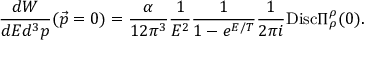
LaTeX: \frac { d W } { d E d ^ { 3 } p } ( \vec { p } = 0 ) = \frac { \alpha } { 1 2 \pi ^ { 3 } } \frac { 1 } { E ^ { 2 } } \frac { 1 } { 1 - e ^ { E / T } } \frac { 1 } { 2 \pi i } \mathrm { D i s c } \Pi _ { \rho } ^ { \rho } ( 0 ) .